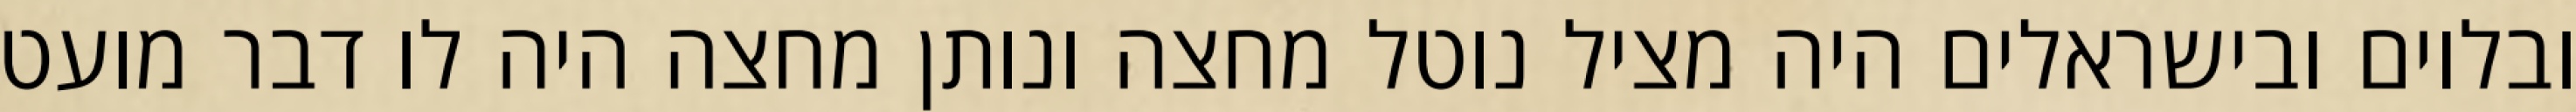
ובלוים ובישראלים היה מציל נוטל מחצה ונותן מחצה היה לו דבר מועט